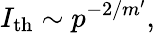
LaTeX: I_{\mathrm{th}}\sim p^{-2/m^{\prime}},